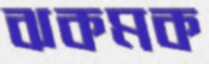
ঝকমক